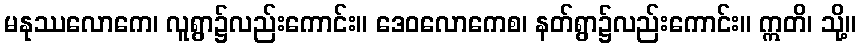
မနုဿလောကေ၊ လူရွာ၌လည်းကောင်း။ ဒေဝလောကေစ၊ နတ်ရွာ၌လည်းကောင်း။ ဣတိ၊ သို့။